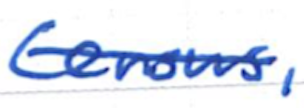
Text: Census,
Cross-out: single-line
Writing tool: ballpoint